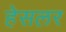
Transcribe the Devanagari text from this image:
हेसलर